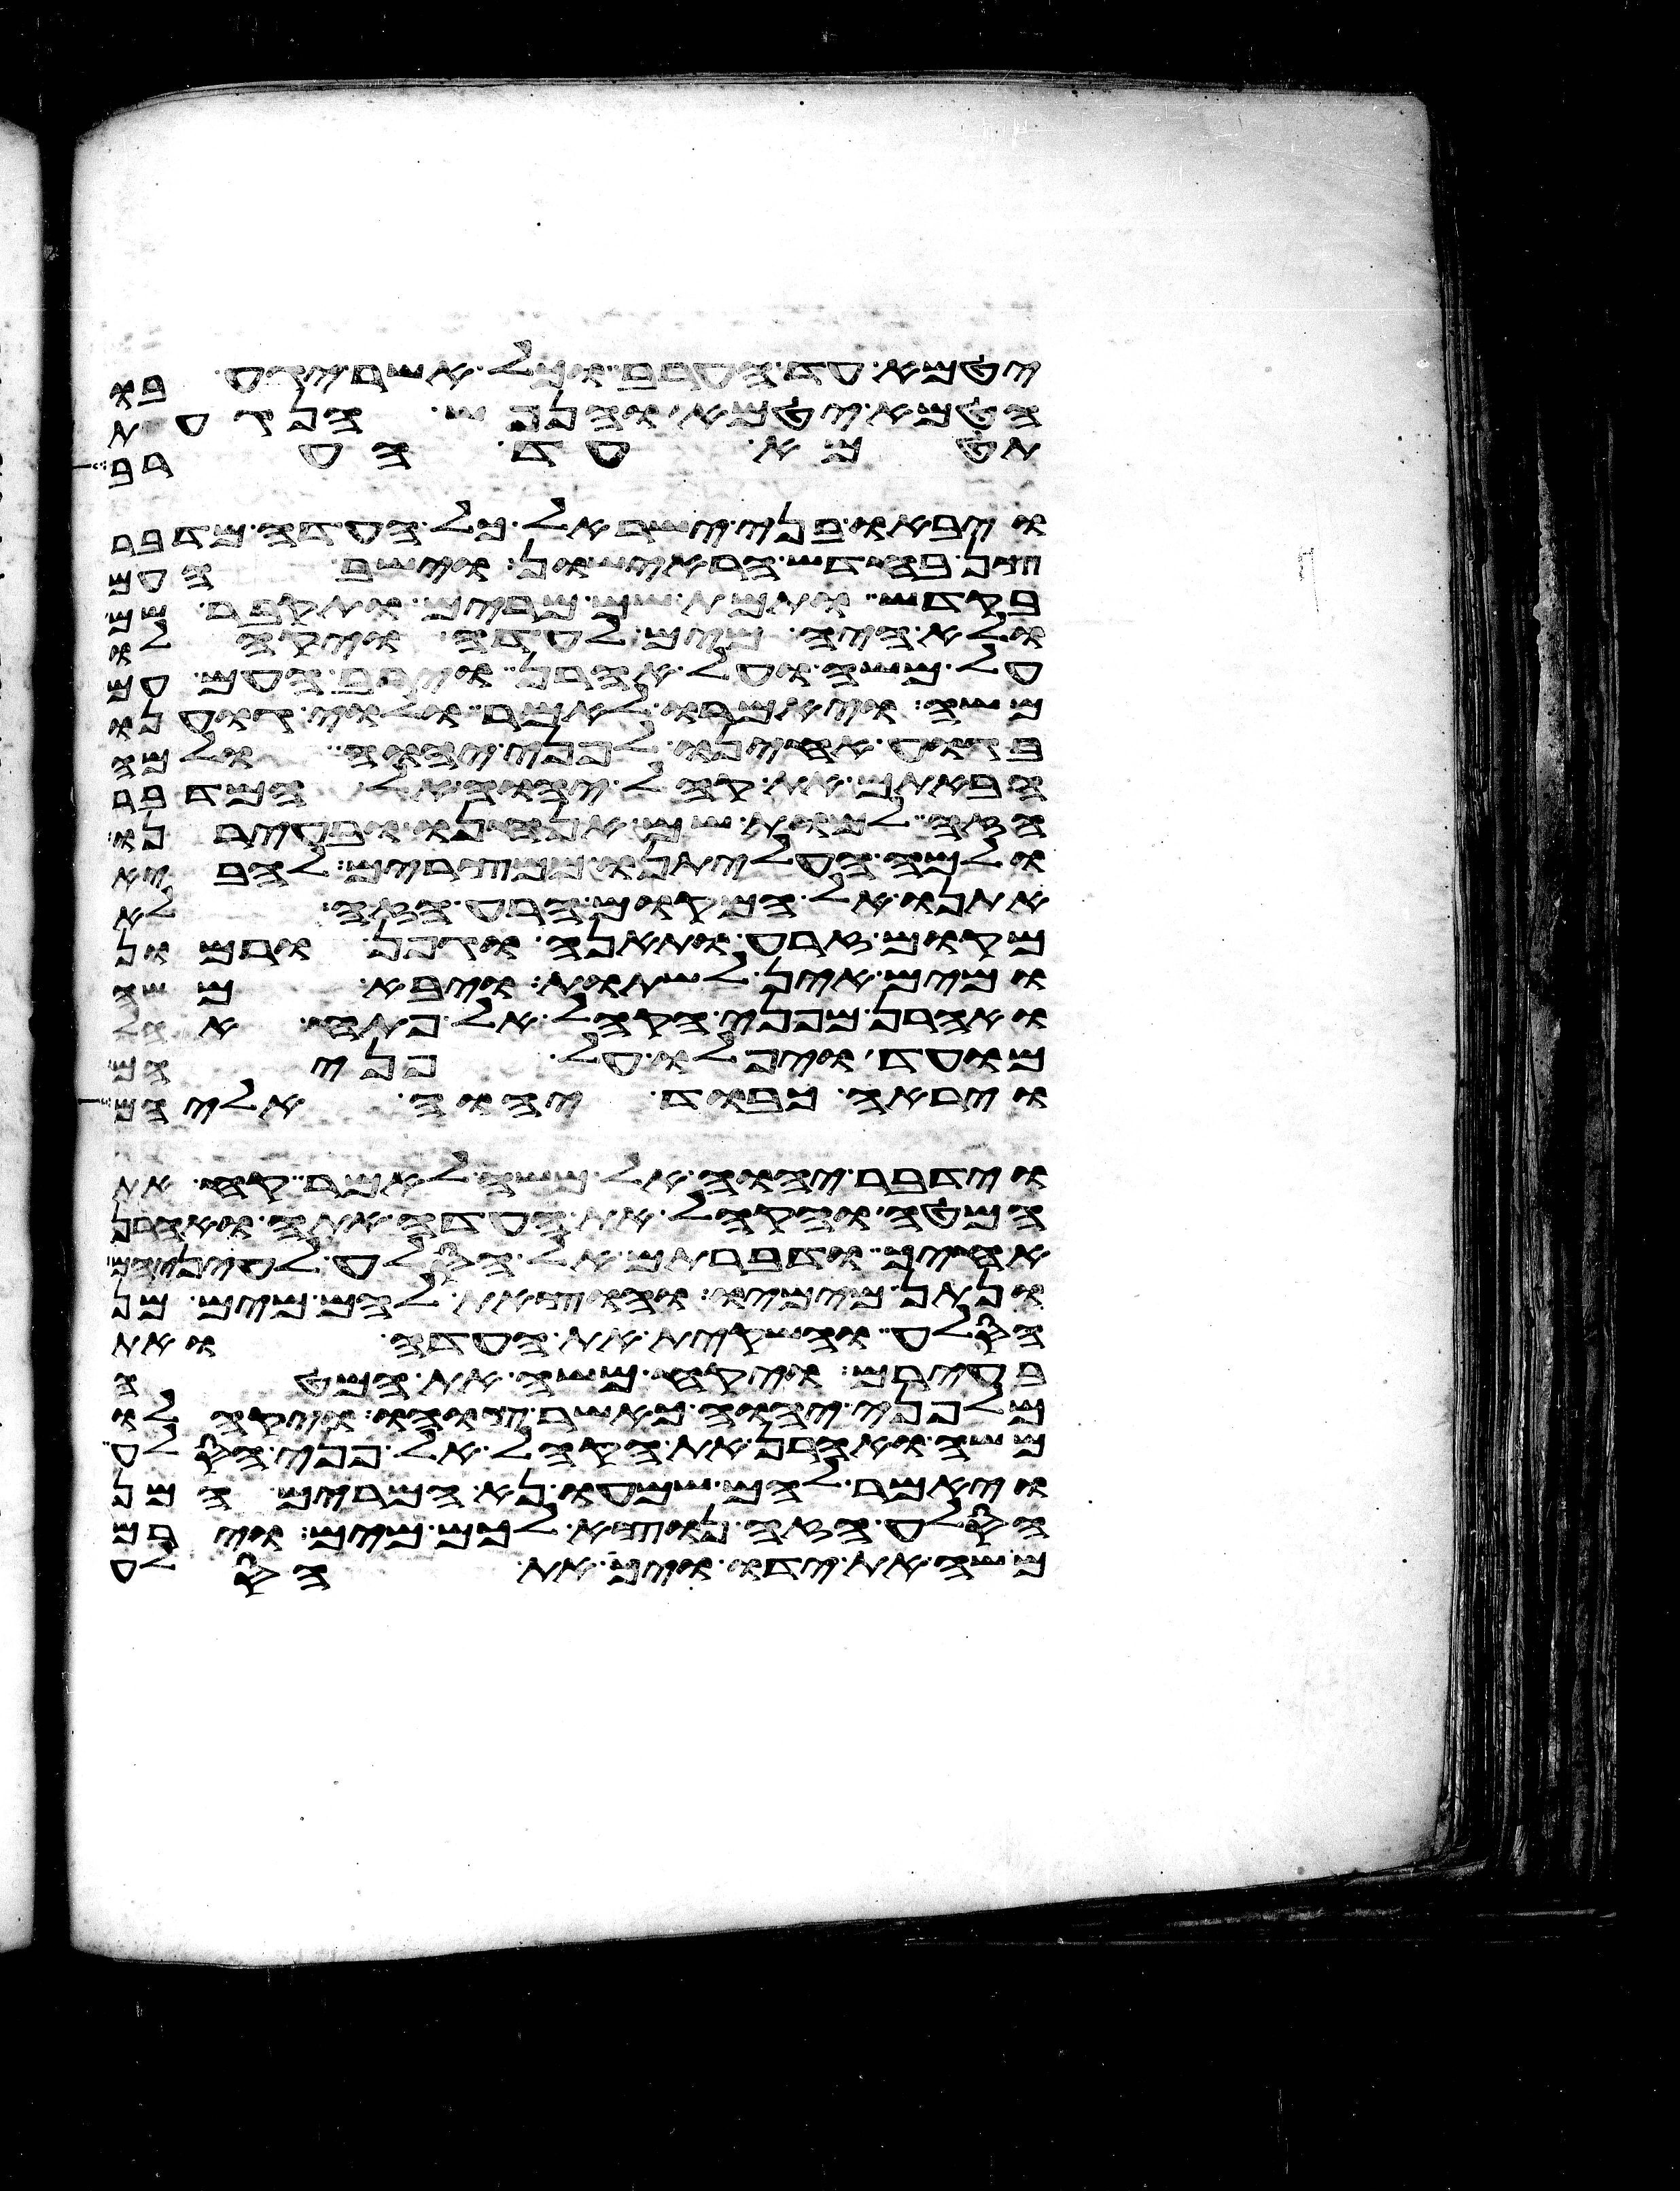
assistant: יטמא עד הערב וכל אשר יגע בו
הטמא יטמא והנפש הנגעת
תטמא עד הערב
ויבאו בני ישראל כל העדה מדבר
צן בחדש הראישון וישב העם
בקדש ותמת שם מרים ותקבר שם
ולא היה מים לעדה ויקהלו
על משה ועל אהרן וירב העם עם
משה ויאמרו לאמר ולוי גוענו
בגוע אחינו לפני יהוה ולמה
הבאתם את קהל יהוה אל המדבר
הזה למות שם אנחנו ובעירנו
ולמה העליתנו ממצרים להביא
אתנו אל המקום הרע הזה לא
מקום זרע תאנה גפן ורמון
ומים אין לשתות ויבא משה
ואהרן מפני הקהל אל פתח אהל
מועד ויפלו על פניהם
וירא כבוד יהוה אליהם
וידבר יהוה אל משה לאמר קח את
המטה והקהל את העדה אתה ואהרן
אחיך ודברתם אל הסלע לעיניהם
ונתן מימיו והוצאת להם מים מן
הסלע והשקית את העדה ואת
בעירם ויקח משה את המטה
מלפני יהוה כאשר צוהו ויקהלו
משה ואהרן את הקהל אל פני הסלע
ויאמר להם שמעו נא המרים המן
הסלע הזה נוציא לכם מים וירם
משה את ידו ויך את הסלע